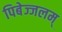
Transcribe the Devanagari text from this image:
पिबेज्जलम्